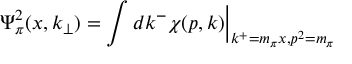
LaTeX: \Psi _ { \pi } ^ { 2 } ( x , k _ { \perp } ) = \int d k ^ { - } \chi ( p , k ) \Big | _ { k ^ { + } = m _ { \pi } x , p ^ { 2 } = m _ { \pi } }